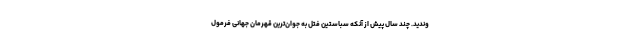
وندید. چند سال پیش از آنکه سباستین فتل به جوان‌ترین قهرمان جهانی فرمول